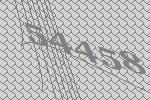
54458